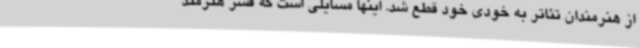
از هنرمندان تئاتر به خودی خود قطع شد. اینها مسایلی است که قشر هنرمند